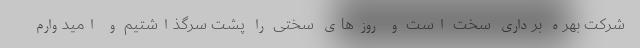
شرکت بهره برداری سخت است و روزهای سختی را پشت سرگذاشتیم و امیدوارم